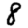
Digit: 8